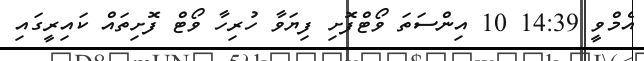
އެމްވީ 14:39 10 އިންސަތަ ވޯޓްފޮށި ފިޔަވާ ހުރިހާ ވޯޓް ފޮށިތައް ކައިރީގައި